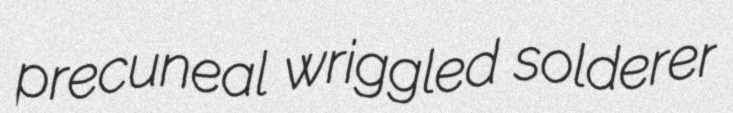
precuneal wriggled solderer